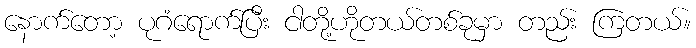
နောက်တော့ ပုဂံရောက်ပြီး ငါတို့ဟိုတယ်တစ်ခုမှာ တည်း ကြတယ်။